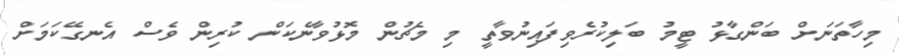
މިހާތަނަށް ބަންގާޅު ޓީމު ބަލިކުރެވިފައިނުވާތީ މި މެޗުން މޮޅުވާނެކަން ކުރިން ވެސް އެނގޭކަމަށް